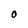
Character: o